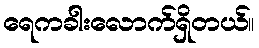
ရေကခါးလောက်ရှိတယ်။